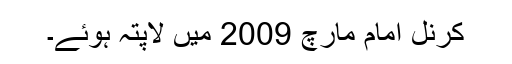
کرنل امام مارچ 2009 میں لاپتہ ہوئے۔